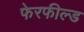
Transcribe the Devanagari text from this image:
फेरफील्ड